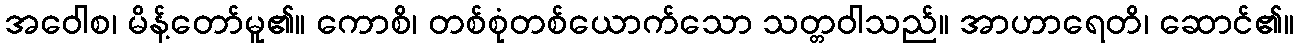
အဝေါစ၊ မိန့်တော်မူ၏။ ကောစိ၊ တစ်စုံတစ်ယောက်သော သတ္တဝါသည်။ အာဟာရေတိ၊ ဆောင်၏။